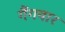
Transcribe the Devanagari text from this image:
गैंगवार